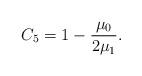
LaTeX: \begin{align*}C_5=1-\frac{\mu_0}{2\mu_1}.\end{align*}